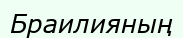
Браилияның